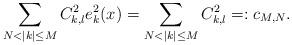
LaTeX: \begin{align*} \sum_{N<|k| \leq M} C_{k,l}^2 e_k^2(x) = \sum_{N<|k| \leq M} C_{k,l}^2=: c_{M,N}. \end{align*}